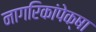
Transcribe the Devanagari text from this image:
नागरिकांपेक्षा